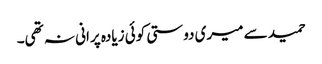
حمید سے میری دوستی کوئی زیادہ پرانی نہ تھی۔